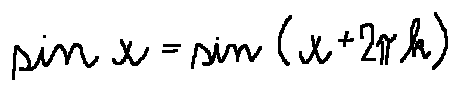
\sin x = \sin ( x + 2 \pi k )